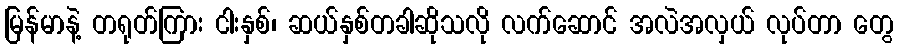
မြန်မာနဲ့ တရုတ်ကြား ငါးနှစ်၊ ဆယ်နှစ်တခါဆိုသလို လက်ဆောင် အလဲအလှယ် လုပ်တာ တွေ